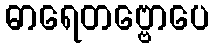
ဓာရေတဗ္ဗောပေ